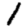
Digit: 1